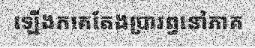
ឡើងកគេតែងប្រារព្ធនៅភាគ